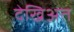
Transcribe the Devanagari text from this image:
देखिअत